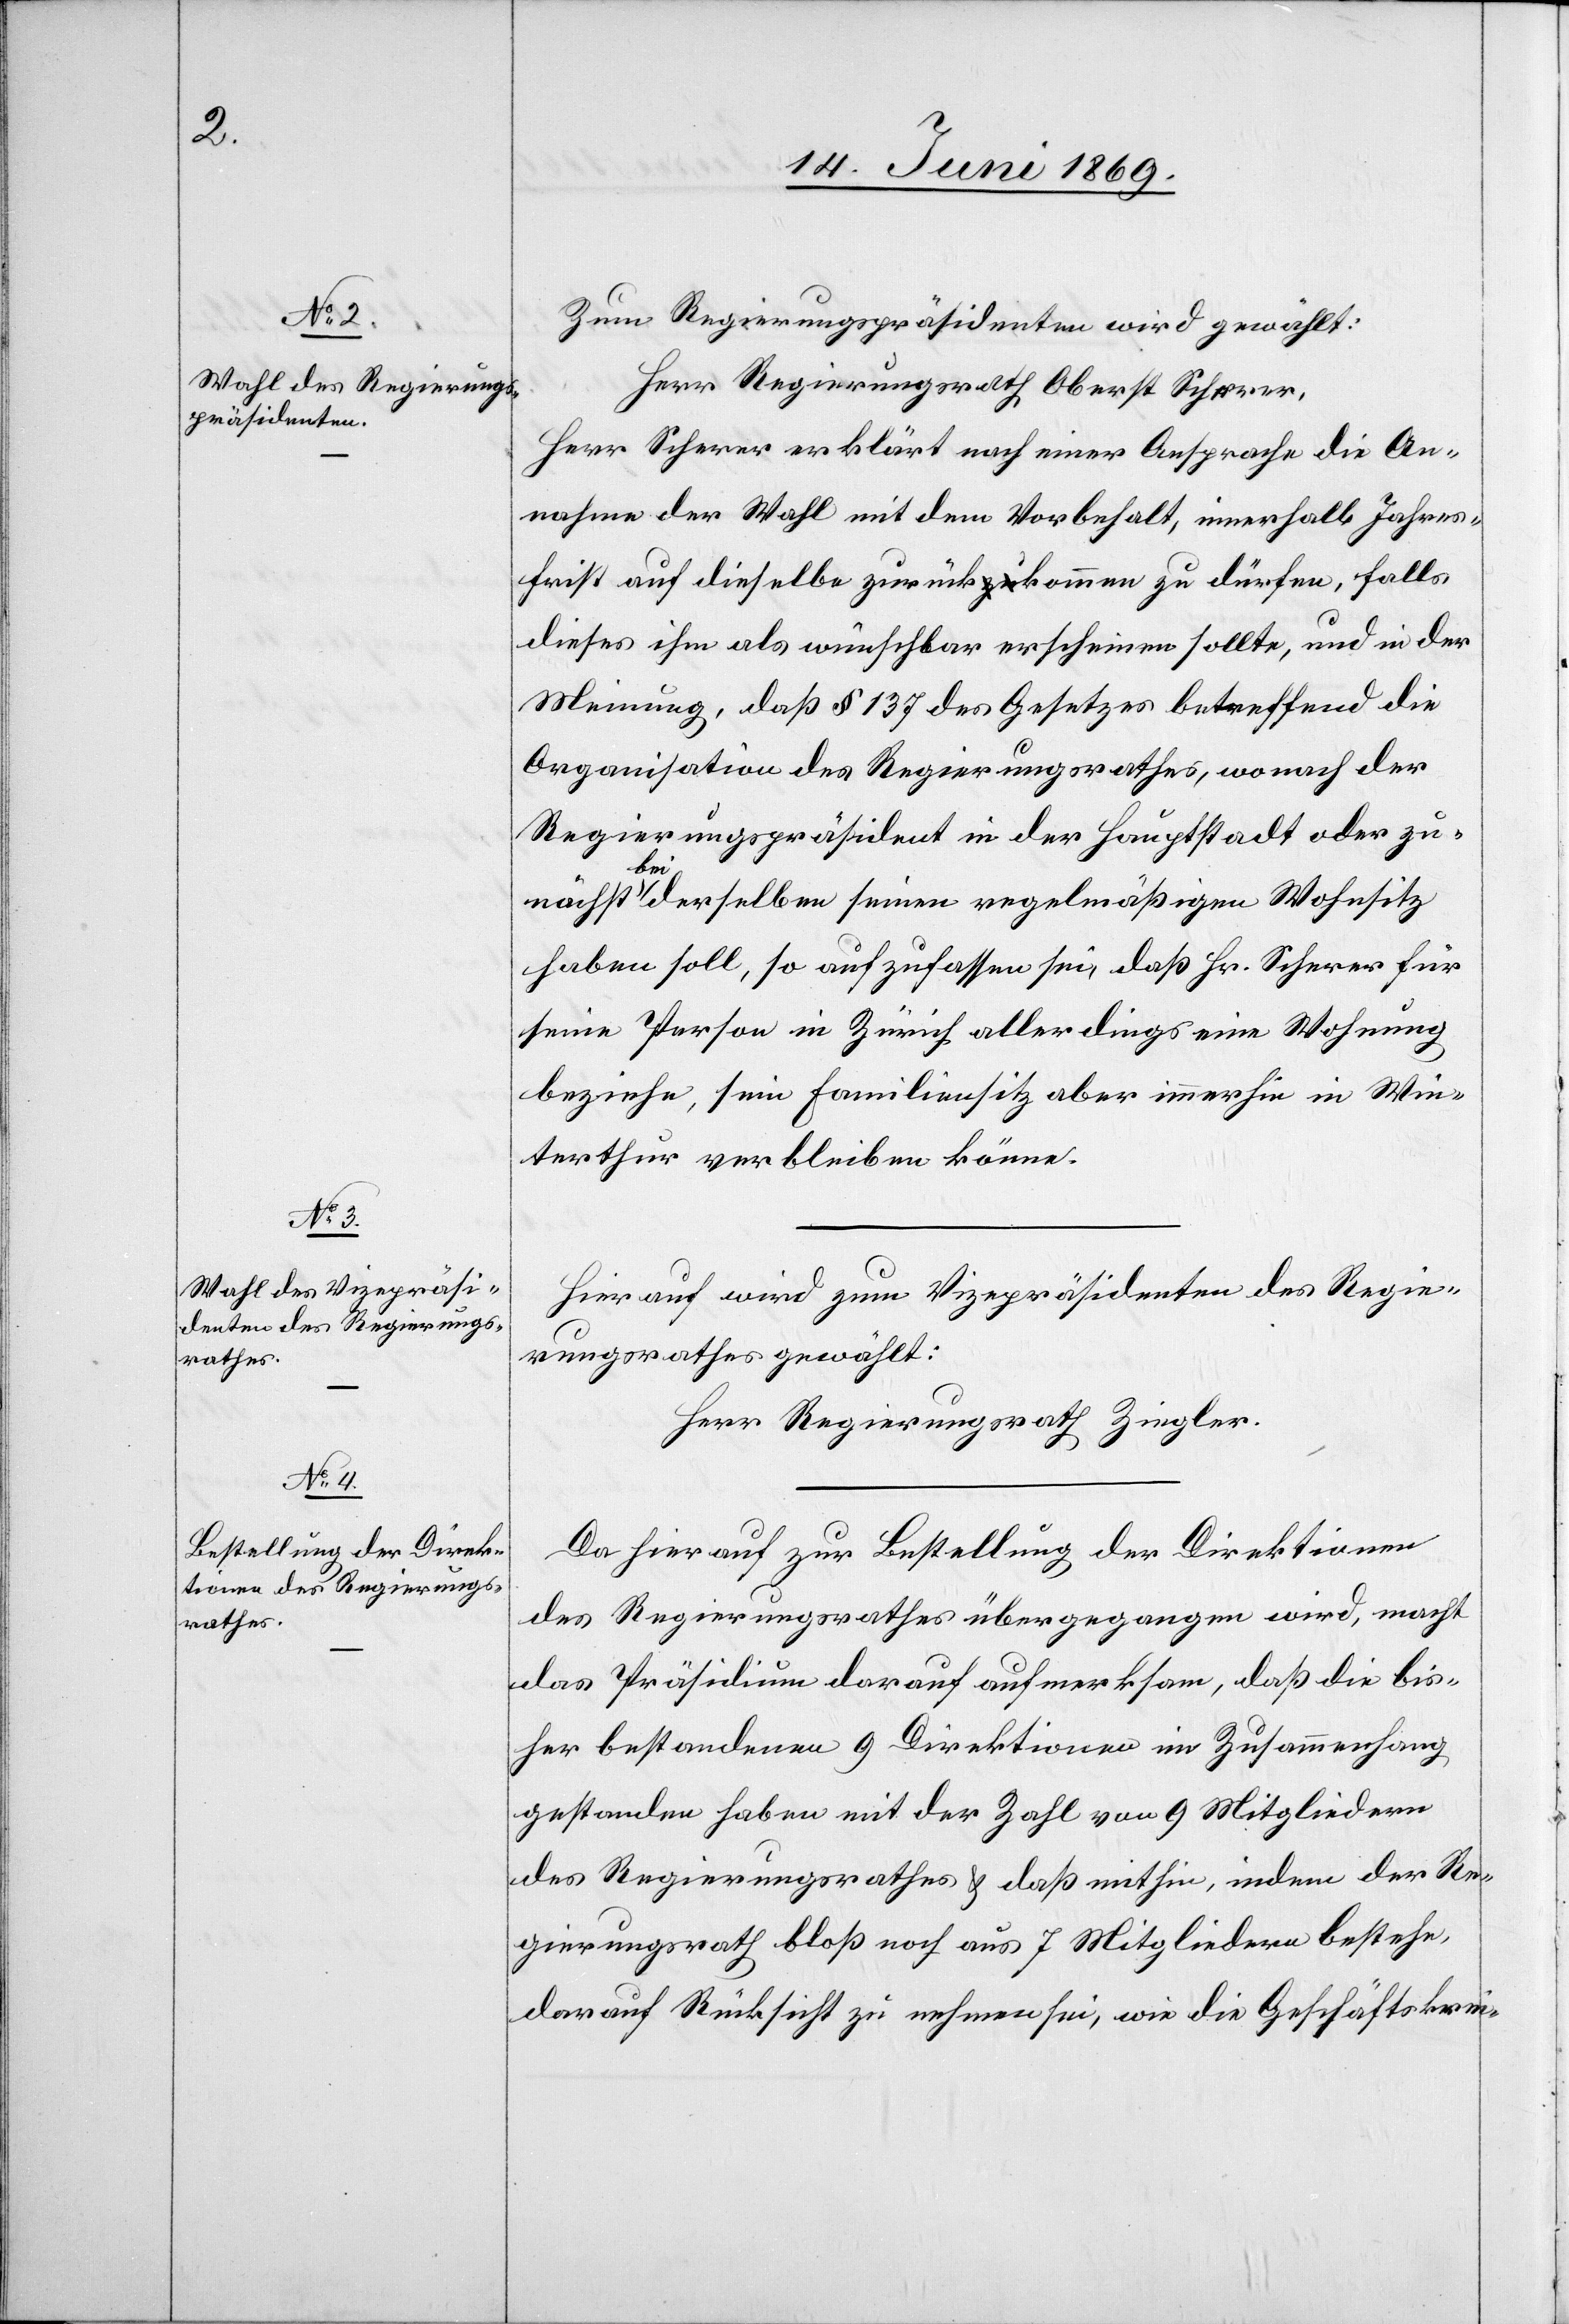
Zum Regierungspräsidenten wird gewählt:
Herr Regierungsrath Oberst Scherer.
Herr Scherer erklärt nach einer Ansprache die An¬
nahme der Wahl mit dem Vorbehalt, innerhalb Jahres¬
frist auf dieselbe zurückkommen zu dürfen, falls
dieses ihm als wünschbar erscheinen sollte, und in der
Meinung, daß § 137 des Gesetzes betreffend die
Organisation des Regierungsrathes, wonach der
Regierungspräsident in der Hauptstadt oder zu¬
nächst bei derselben seinen regelmäßigen Wohnsitz
haben soll, so aufzufassen sei, daß Hr. Scherer für
seine Person in Zürich allerdings eine Wohnung
beziehe, sein Familienbesitz aber immerhin in Win¬
terthur verbleiben könne.
Hierauf wird zum Vicepräsidenten des Regie¬
rungsrathes gewählt:
Herr Regierungsrath Ziegler.
Da hierauf zur Bestellung der Direktionen
des Regierungsrathes übergegangen wird, macht
das Präsidium darauf aufmerksam, daß die bis¬
her bestandenen 9 Direktionen im Zusammenhang
gestanden haben mit der Zahl von 9 Mitgliedern
des Regierungsrathes u. daß mithin, indem der Re¬
gierungsrath bloß noch aus 7 Mitgliedern bestehe,
darauf Rücksicht zu nehmen sei, wie die Geschäftskrei-